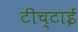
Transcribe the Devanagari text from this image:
टीच्टाई